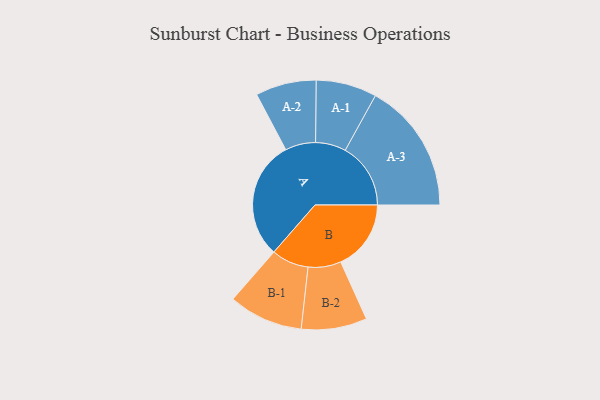
{"axis": {"x": "Segment", "y": "Value"}, "legend": ["", "A", "B"], "data": [{"x": "A", "y": 485, "type": ""}, {"x": "B", "y": 287, "type": ""}, {"x": "A-1", "y": 124, "type": "A"}, {"x": "A-2", "y": 124, "type": "A"}, {"x": "A-3", "y": 267, "type": "A"}, {"x": "B-1", "y": 152, "type": "B"}, {"x": "B-2", "y": 134, "type": "B"}]}